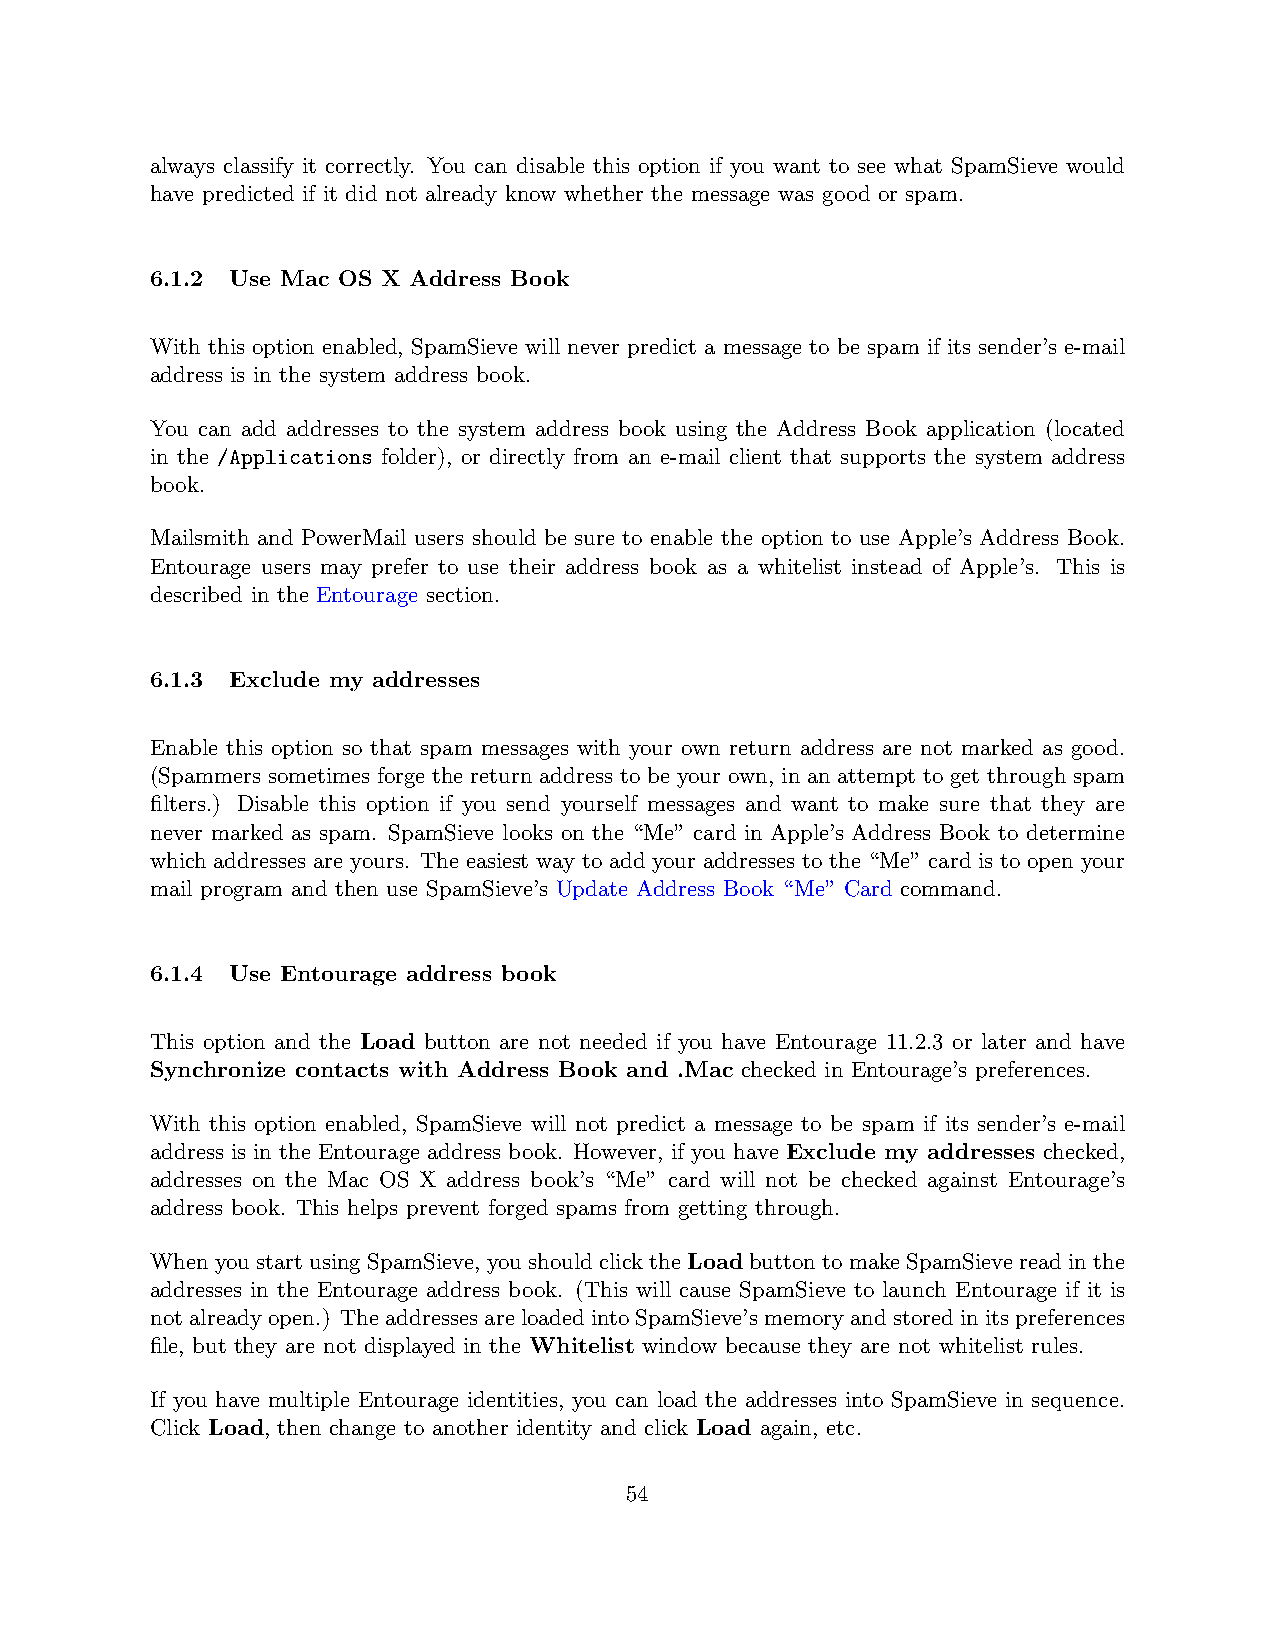
always classify it correctly. You can disable this option if you want to see what SpamSieve would
 have predicted if it did not already know whether the message was good or spam.
 6.1.2 Use Mac OS X Address Book
 With this option enabled, SpamSieve will never predict a message to be spam if its sender’s e-mail
 address is in the system address book.
 You can add addresses to the system address book using the Address Book application (located
 in the /Applications folder), or directly from an e-mail client that supports the system address
 book.
 Mailsmith and PowerMail users should be sure to enable the option to use Apple’s Address Book.
 Entourage users may prefer to use their address book as a whitelist instead of Apple’s. This is
 described in the Entourage section.
 6.1.3 Exclude my addresses
 Enable this option so that spam messages with your own return address are not marked as good.
 (Spammers sometimes forge the return address to be your own, in an attempt to get through spam
 filters.) Disable this option if you send yourself messages and want to make sure that they are
 never marked as spam. SpamSieve looks on the “Me” card in Apple’s Address Book to determine
 which addresses are yours. The easiest way to add your addresses to the “Me” card is to open your
 mail program and then use SpamSieve’s Update Address Book “Me” Card command.
 6.1.4 Use Entourage address book
 This option and the Load button are not needed if you have Entourage 11.2.3 or later and have
 Synchronize contacts with Address Book and .Mac checked in Entourage’s preferences.
 With this option enabled, SpamSieve will not predict a message to be spam if its sender’s e-mail
 address is in the Entourage address book. However, if you have Exclude my addresses checked,
 addresses on the Mac OS X address book’s “Me” card will not be checked against Entourage’s
 address book. This helps prevent forged spams from getting through.
 WhenyoustartusingSpamSieve, youshouldclicktheLoadbuttontomakeSpamSievereadinthe
 addresses in the Entourage address book. (This will cause SpamSieve to launch Entourage if it is
 notalreadyopen.) TheaddressesareloadedintoSpamSieve’smemoryandstoredinitspreferences
 file, but they are not displayed in the Whitelist window because they are not whitelist rules.
 If you have multiple Entourage identities, you can load the addresses into SpamSieve in sequence.
 Click Load, then change to another identity and click Load again, etc.
 54